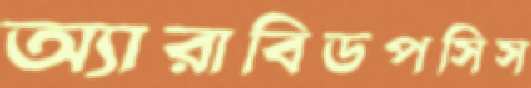
অ্যারাবিডপসিস